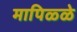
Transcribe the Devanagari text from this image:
मापिळ्ळे